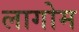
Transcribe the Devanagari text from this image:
लागोम